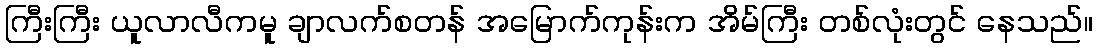
ကြီးကြီး ယူလာလီကမူ ချာလက်စတန် အမြောက်ကုန်းက အိမ်ကြီး တစ်လုံးတွင် နေသည်။